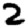
Digit: 2